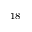
^ { 1 8 }